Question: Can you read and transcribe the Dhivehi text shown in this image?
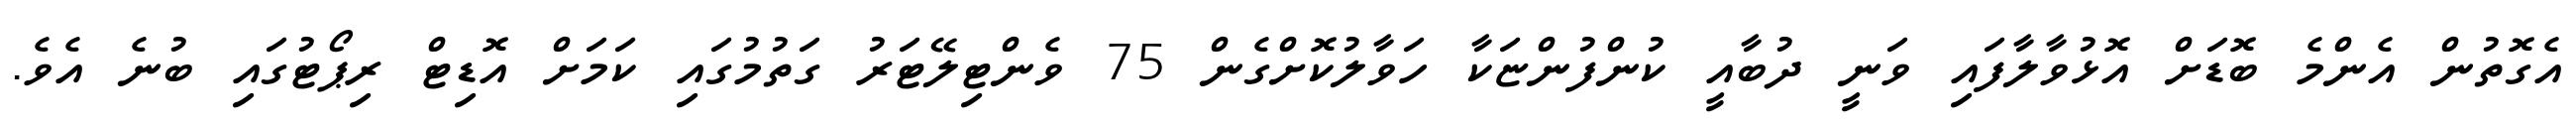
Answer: އެގޮތުން އެންމެ ބޮޑަށް އޮޅުވާލާފައި ވަނީ ދުބާއީ ކުންފުންޏަކާ ހަވާލުކޮށްގެން 75 ވެންޓިލޭޓަރު ގަތުމުގައި ކަމަށް އޮޑިޓް ރިޕޯޓުގައި ބުނެ އެވެ.